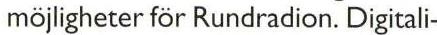
möjligheter för Rundradion. Digitali-